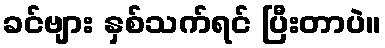
ခင်ဗျား နှစ်သက်ရင် ပြီးတာပဲ။